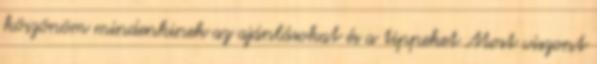
köszönöm mindenkinek az ajánlásokat és a tippeket Most viszont